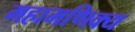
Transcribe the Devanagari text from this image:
महामणिक्य